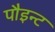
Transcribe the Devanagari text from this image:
पौइन्ट